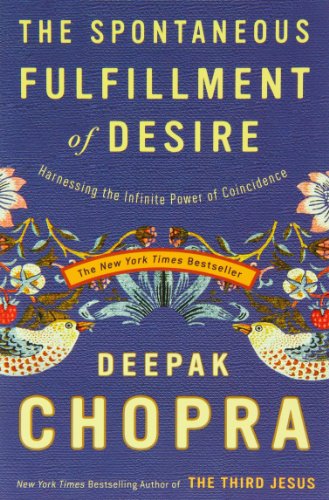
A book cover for The Spontaneous Fulfillment of Desire: Harnessing the Infinite Power of Coincidence (Chopra, Deepak); Deepak Chopra; Religion & Spirituality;